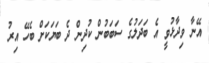
އޭނާ ވިދާޅުވީ އެ ބަދަލުގެ ސަބަބުން ކުދިން ދެ ބަޔަކަށް ބެހޭ އިރު